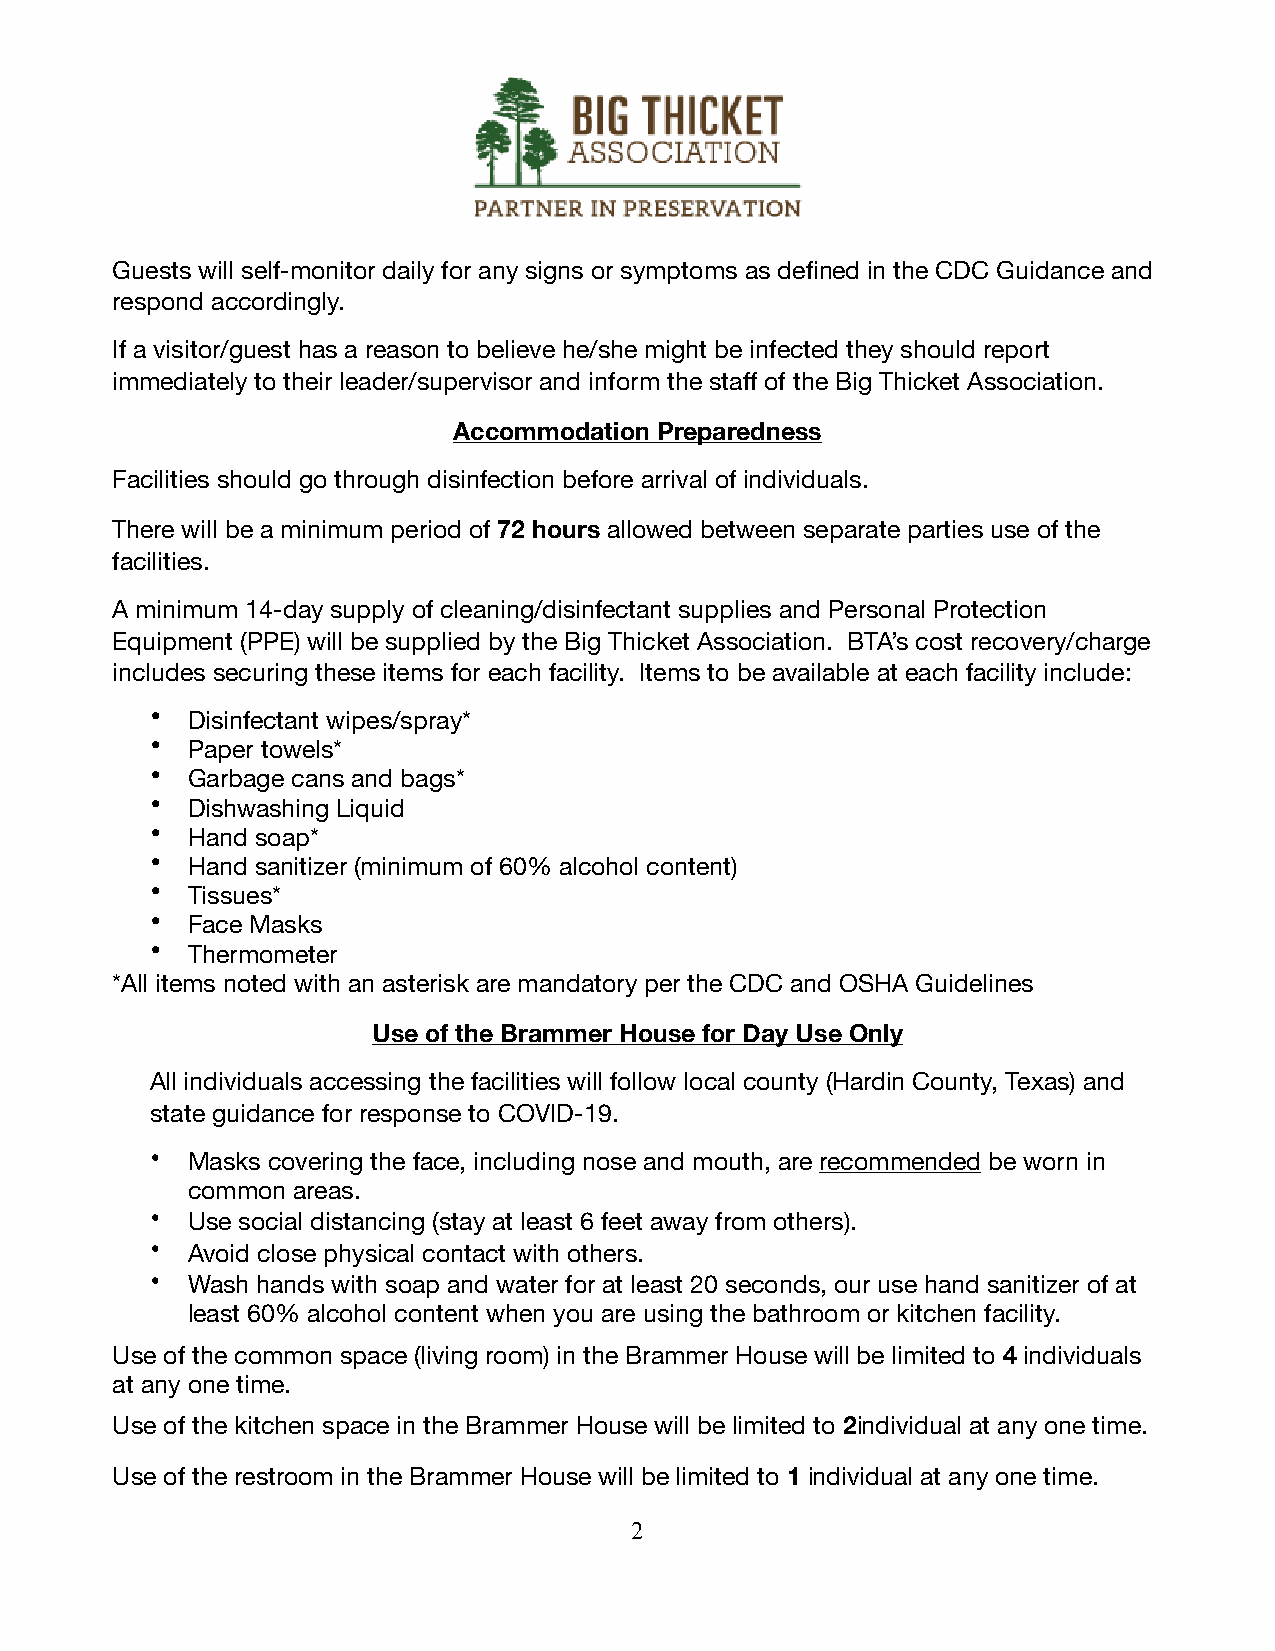
Guests will self-monitor daily for any signs or symptoms as defined in the CDC Guidance and
 respond accordingly.
 If a visitor/guest has a reason to believe he/she might be infected they should report
 immediately to their leader/supervisor and inform the staff of the Big Thicket Association.
 Accommodation Preparedness
 Facilities should go through disinfection before arrival of individuals.
 There will be a minimum period of 72 hours allowed between separate parties use of the
 facilities.
 A minimum 14-day supply of cleaning/disinfectant supplies and Personal Protection
 Equipment (PPE) will be supplied by the Big Thicket Association. BTA’s cost recovery/charge
 includes securing these items for each facility. Items to be available at each facility include:
 • Disinfectant wipes/spray*
 • Paper towels*
 • Garbage cans and bags*
 • Dishwashing Liquid
 • Hand soap*
 • Hand sanitizer (minimum of 60% alcohol content)
 • Tissues*
 • Face Masks
 • Thermometer
 *All items noted with an asterisk are mandatory per the CDC and OSHA Guidelines
 Use of the Brammer House for Day Use Only
 All individuals accessing the facilities will follow local county (Hardin County, Texas) and
 state guidance for response to COVID-19.
 • Masks covering the face, including nose and mouth, are recommended be worn in
 common areas.
 • Use social distancing (stay at least 6 feet away from others).
 • Avoid close physical contact with others.
 • Wash hands with soap and water for at least 20 seconds, our use hand sanitizer of at
 least 60% alcohol content when you are using the bathroom or kitchen facility.
 Use of the common space (living room) in the Brammer House will be limited to 4 individuals
 at any one time.
 Use of the kitchen space in the Brammer House will be limited to 2individual at any one time.
 Use of the restroom in the Brammer House will be limited to 1 individual at any one time.
 2